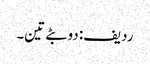
ردیف: دو بٹے تین۔